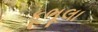
કૂભૂલા